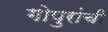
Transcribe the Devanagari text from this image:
गोपुरांची